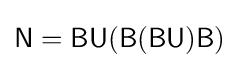
{\mathsf {N=BU(B(BU)B)}}